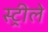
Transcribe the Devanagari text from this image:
स्ट्रीले